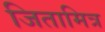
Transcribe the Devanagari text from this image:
जितामित्र